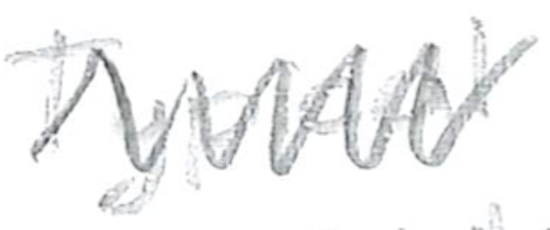
Text: Typical
Cross-out: zig-zag
Writing tool: pencil